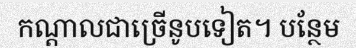
កណ្តាលជាច្រើនូបទៀត។ បន្ថែម